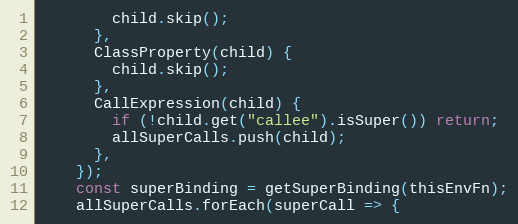
Language: JavaScript
        child.skip();
      },
      ClassProperty(child) {
        child.skip();
      },
      CallExpression(child) {
        if (!child.get("callee").isSuper()) return;
        allSuperCalls.push(child);
      },
    });
    const superBinding = getSuperBinding(thisEnvFn);
    allSuperCalls.forEach(superCall => {